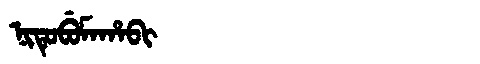
Manchu: ᠨᡳᡨᡠᠪᡠᠮᠠᡥᠠᠪᡳ
Romanization: NITUBUMAHABI